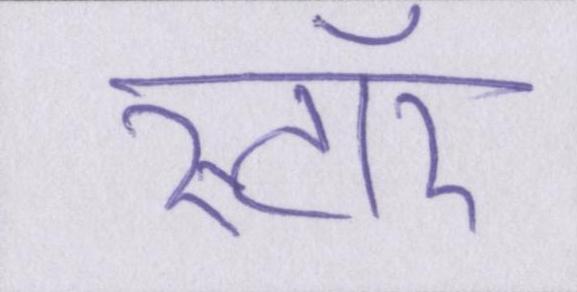
स्टॉर